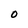
Character: 0